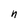
Character: n